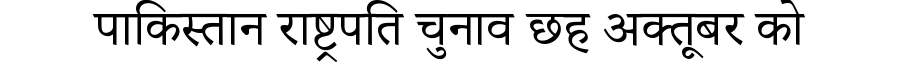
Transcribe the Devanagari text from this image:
पाकिस्तान राष्ट्रपति चुनाव छह अक्तूबर को